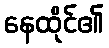
နေထိုင်၏